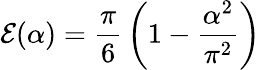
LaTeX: {\cal E}(\alpha)={\frac{\pi}{6}}\left(1-{\frac{\alpha^{2}}{\pi^{2}}}\right)